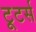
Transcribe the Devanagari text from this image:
टूटर्स